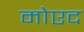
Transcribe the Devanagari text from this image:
मोएद